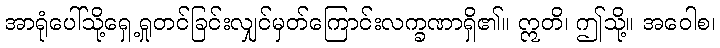
အာရုံပေါ်သို့ရှေ့ရှုတင်ခြင်းလျှင်မှတ်ကြောင်းလက္ခဏာရှိ၏။ ဣတိ၊ ဤသို့။ အဝေါစ၊